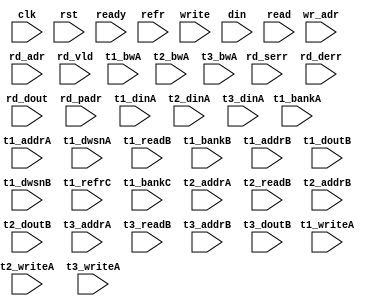
module algo_1r1w_a24_sva_wrap
#(parameter IP_WIDTH = 32, parameter IP_BITWIDTH = 5, parameter IP_DECCBITS = 7, parameter IP_NUMADDR = 8192, parameter IP_BITADDR = 13, 
parameter IP_NUMVBNK = 4,	parameter IP_BITVBNK = 2, parameter IP_BITPBNK = 3,
parameter IP_ENAECC = 0, parameter IP_ENAPAR = 0, parameter IP_SECCBITS = 4, parameter IP_SECCDWIDTH = 3, 
parameter FLOPECC = 0, parameter FLOPIN = 0, parameter FLOPOUT = 0, parameter FLOPCMD = 0, parameter FLOPMEM = 0,
parameter IP_REFRESH = 1, parameter IP_REFFREQ = 6,  parameter IP_REFFRHF = 0,

parameter T1_WIDTH = 32, parameter T1_NUMVBNK = 1, parameter T1_BITVBNK = 1, parameter T1_DELAY = 2, parameter T1_NUMVROW = 8192, parameter T1_BITVROW = 13,
parameter T1_BITWSPF = 0, parameter T1_NUMWRDS = 1, parameter T1_BITWRDS = 1, parameter T1_NUMSROW = 2048, parameter T1_BITSROW = 11, parameter T1_PHYWDTH = 32,
parameter T1_NUMRBNK = 4, parameter T1_BITRBNK = 2, parameter T1_NUMRROW = 256, parameter T1_BITRROW = 8, parameter T1_NUMPROW = 8192, parameter T1_BITPROW = 13,
parameter T1_M_NUMVBNK = 4, parameter T1_M_BITVBNK = 2, parameter T1_ISDCR = 0,
parameter T1_BITDWSN = 8, 
parameter T1_NUMDWS0 = 0, parameter T1_NUMDWS1 = 0, parameter T1_NUMDWS2 = 0, parameter T1_NUMDWS3 = 0,
parameter T1_NUMDWS4 = 0, parameter T1_NUMDWS5 = 0, parameter T1_NUMDWS6 = 0, parameter T1_NUMDWS7 = 0,
parameter T1_NUMDWS8 = 0, parameter T1_NUMDWS9 = 0, parameter T1_NUMDWS10 = 0, parameter T1_NUMDWS11 = 0,
parameter T1_NUMDWS12 = 0, parameter T1_NUMDWS13 = 0, parameter T1_NUMDWS14 = 0, parameter T1_NUMDWS15 = 0,

parameter T2_WIDTH = 10, parameter T2_NUMVBNK = 2, parameter T2_BITVBNK = 1, parameter T2_DELAY = 2, parameter T2_NUMVROW = 2048, parameter T2_BITVROW = 11,
parameter T2_BITWSPF = 0, parameter T2_NUMWRDS = 1, parameter T2_BITWRDS = 1, parameter T2_NUMSROW = 2048, parameter T2_BITSROW = 11, parameter T2_PHYWDTH = 10,

parameter T3_WIDTH = 32, parameter T3_NUMVBNK = 1, parameter T3_BITVBNK = 1, parameter T3_DELAY = 2, parameter T3_NUMVROW = 2048, parameter T3_BITVROW = 11,
parameter T3_BITWSPF = 0, parameter T3_NUMWRDS = 1, parameter T3_BITWRDS = 1, parameter T3_NUMSROW = 2048, parameter T3_BITSROW = 11, parameter T3_PHYWDTH = 32
)
								(clk, rst, ready, refr,
                                write, wr_adr, din,
                                read, rd_adr, rd_vld, rd_serr, rd_derr, rd_dout, rd_padr,
                                t1_writeA, t1_bankA, t1_addrA, t1_bwA, t1_dinA, t1_dwsnA,
                                t1_readB, t1_bankB, t1_addrB, t1_doutB, t1_dwsnB,
                                t1_refrC, t1_bankC,
                                t2_writeA, t2_addrA, t2_readB, t2_addrB, t2_dinA, t2_bwA, t2_doutB,
                                t3_writeA, t3_addrA, t3_readB, t3_addrB, t3_dinA, t3_bwA, t3_doutB);
								
  parameter WIDTH = IP_WIDTH;
  parameter BITWDTH = IP_BITWIDTH;
  parameter NUMADDR = IP_NUMADDR;
  parameter BITADDR = IP_BITADDR;
  parameter NUMVROW = T1_NUMVROW;   // ALGO Parameters
  parameter BITVROW = T1_BITVROW;
  parameter NUMVBNK = IP_NUMVBNK;
  parameter BITVBNK = IP_BITVBNK;
  parameter BITPBNK = IP_BITPBNK;
  parameter NUMWRDS = T1_NUMWRDS;      // ALIGN Parameters
  parameter BITWRDS = T1_BITWRDS;
  parameter NUMSROW = T1_NUMSROW;
  parameter BITSROW = T1_BITSROW;
  parameter REFRESH = IP_REFRESH;      // REFRESH Parameters
  parameter NUMRBNK = T1_NUMRBNK;
  parameter BITWSPF = T1_BITWSPF;
  parameter BITRBNK = T1_BITRBNK;
  parameter NUMRROW = T1_NUMRROW;
  parameter BITRROW = T1_BITRROW;
  parameter REFFREQ = IP_REFFREQ;
  parameter ISDCR   = T1_ISDCR;
  parameter SRAM_DELAY = T2_DELAY;
  parameter DRAM_DELAY = T1_DELAY;
  parameter PHYWDTH = T1_PHYWDTH;
  parameter ECCBITS = IP_SECCBITS;
  
  parameter BITDWSN = T1_BITDWSN;		//DWSN Parameters
  parameter NUMDWS0 = T1_NUMDWS0;
  parameter NUMDWS1 = T1_NUMDWS1;
  parameter NUMDWS2 = T1_NUMDWS2;
  parameter NUMDWS3 = T1_NUMDWS3;
  parameter NUMDWS4 = T1_NUMDWS4;
  parameter NUMDWS5 = T1_NUMDWS5;
  parameter NUMDWS6 = T1_NUMDWS6;
  parameter NUMDWS7 = T1_NUMDWS7;
  parameter NUMDWS8 = T1_NUMDWS8;
  parameter NUMDWS9 = T1_NUMDWS9;
  parameter NUMDWS10 = T1_NUMDWS10;
  parameter NUMDWS11 = T1_NUMDWS11;
  parameter NUMDWS12 = T1_NUMDWS12;
  parameter NUMDWS13 = T1_NUMDWS13;
  parameter NUMDWS14 = T1_NUMDWS14;
  parameter NUMDWS15 = T1_NUMDWS15;
  
  parameter SDOUT_WIDTH = 2*(BITVBNK+1)+ECCBITS;
  parameter BITPADR = BITPBNK+BITSROW+BITWRDS+1;

  input                                refr;

  input                                write;
  input [BITADDR-1:0]                  wr_adr;
  input [WIDTH-1:0]                    din;

  input                                read;
  input [BITADDR-1:0]                  rd_adr;
  input                               rd_vld;
  input [WIDTH-1:0]                   rd_dout;
  input                               rd_serr;
  input                               rd_derr;
  input [BITPADR-1:0]                 rd_padr;

  input                               ready;
  input                                clk, rst;

  input [1-1:0] t1_writeA;
  input [1*BITVBNK-1:0] t1_bankA;
  input [1*BITSROW-1:0] t1_addrA;
  input [1*PHYWDTH-1:0] t1_bwA;
  input [1*PHYWDTH-1:0] t1_dinA;
  input [1*BITDWSN-1:0] t1_dwsnA;

  input [1-1:0] t1_readB;
  input [1*BITVBNK-1:0] t1_bankB;
  input [1*BITSROW-1:0] t1_addrB;
  input  [1*PHYWDTH-1:0] t1_doutB;
  input [1*BITDWSN-1:0] t1_dwsnB;

  input [1-1:0] t1_refrC;
  input [1*BITRBNK-1:0] t1_bankC;

  input [2-1:0] t2_writeA;
  input [2*BITVROW-1:0] t2_addrA;
  input [2*SDOUT_WIDTH-1:0] t2_dinA;
  input [2*SDOUT_WIDTH-1:0] t2_bwA;

  input [2-1:0] t2_readB;
  input [2*BITVROW-1:0] t2_addrB;
  input [2*SDOUT_WIDTH-1:0] t2_doutB;

  input [1-1:0] t3_writeA;
  input [1*BITVROW-1:0] t3_addrA;
  input [1*WIDTH-1:0] t3_dinA;
  input [1*WIDTH-1:0] t3_bwA;

   input [1-1:0] t3_readB;
  input [1*BITVROW-1:0] t3_addrB;
  input [1*WIDTH-1:0] t3_doutB;
  
endmodule